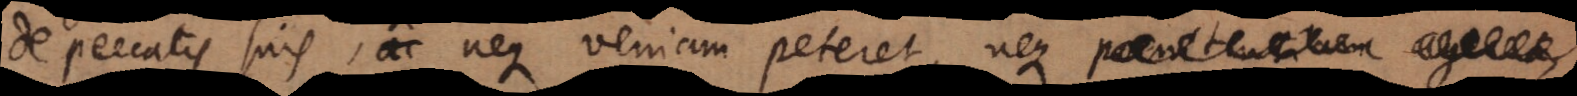
de peccatis suis, atque neque veniam peteret, ne